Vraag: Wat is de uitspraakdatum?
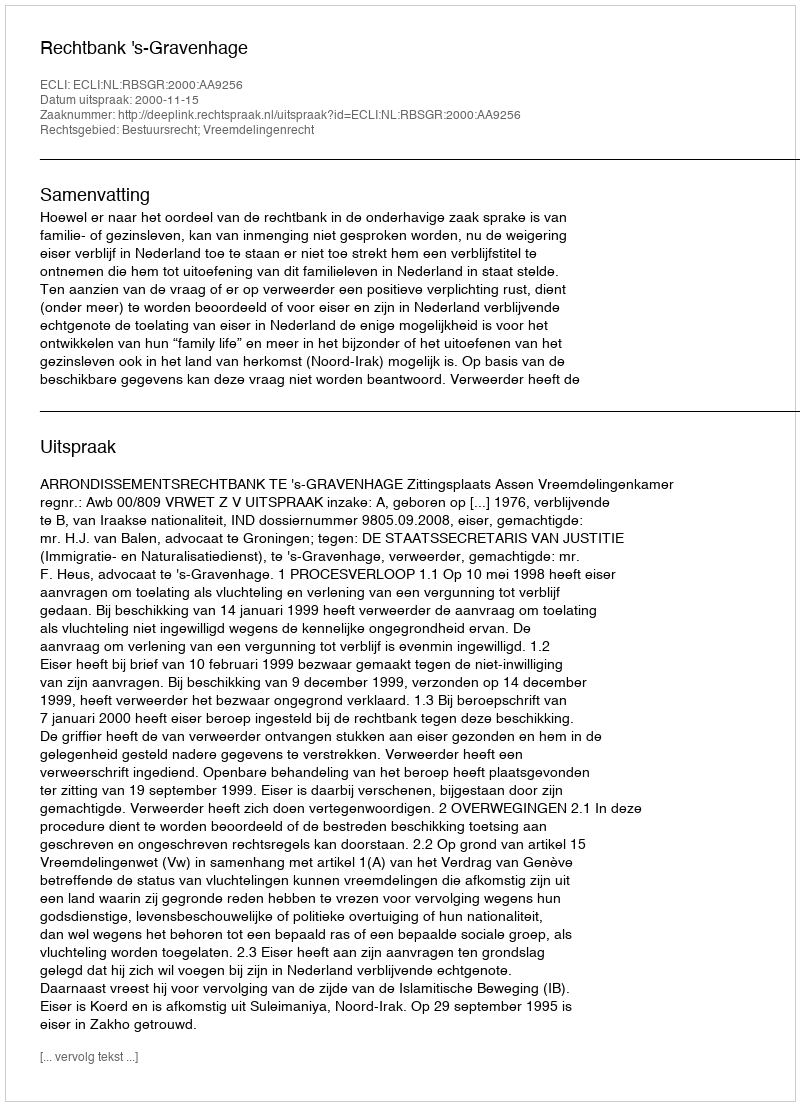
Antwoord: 2000-11-15